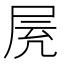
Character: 𡱓